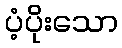
ပံ့ပိုးသော